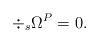
LaTeX: \begin{align*}\div_s \Omega^P = 0. \end{align*}